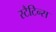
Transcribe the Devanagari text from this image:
स्टैटिन्स